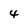
Character: 4